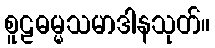
စူဠဓမ္မသမာဒါနသုတ်။